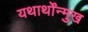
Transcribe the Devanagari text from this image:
यथार्थोंन्मुख